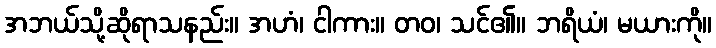
အဘယ်သို့ဆိုရာသနည်း။ အဟံ၊ ငါကား။ တဝ၊ သင်၏။ ဘရိယံ၊ မယားကို။